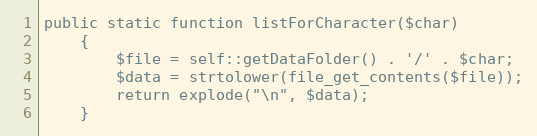
Language: PHP
public static function listForCharacter($char)
    {
        $file = self::getDataFolder() . '/' . $char;
        $data = strtolower(file_get_contents($file));
        return explode("\n", $data);
    }